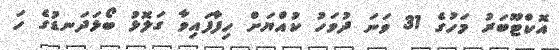
އޮކްޓޫބަރު މަހުގެ 31 ވަނަ ދުވަހު ކުއްޔަށް ހިފާފައިވާ ގަލޮޅު ބޯޅަދަނޑުގެ ހަ